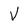
Character: V